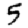
Digit: 5